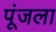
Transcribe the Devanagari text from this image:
पूंजला